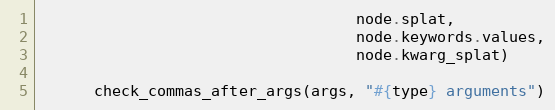
Language: Ruby
                                   node.splat,
                                   node.keywords.values,
                                   node.kwarg_splat)

      check_commas_after_args(args, "#{type} arguments")